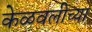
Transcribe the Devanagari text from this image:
केळवलीच्या